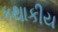
કથાકીય